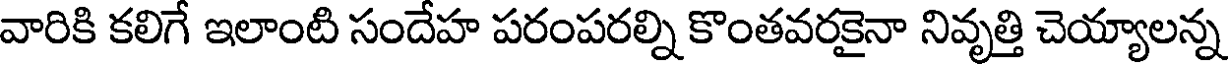
వారికి కలిగే ఇలాంటి సందేహ పరంపరల్ని కొంతవరకైనా నివృత్తి చెయ్యాలన్న